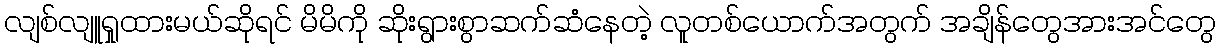
လျစ်လျူရှုထားမယ်ဆိုရင် မိမိကို ဆိုးရွားစွာဆက်ဆံနေတဲ့ လူတစ်ယောက်အတွက် အချိန်တွေအားအင်တွေ